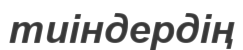
тиіндердің